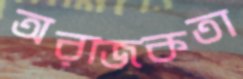
অরাজকতা